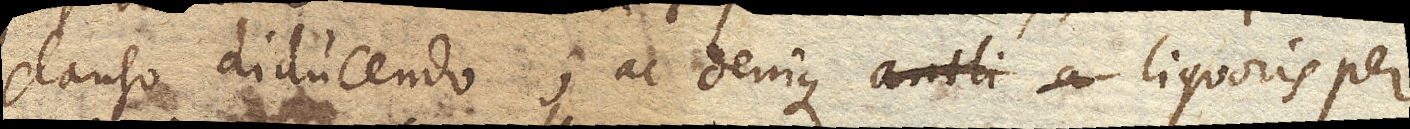
clauso diducendo; ac denique liquoris per